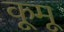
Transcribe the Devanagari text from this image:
कूमू